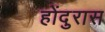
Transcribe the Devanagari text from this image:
होंदुरास